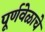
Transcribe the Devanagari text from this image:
पूर्णवेळाचे